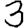
Digit: 3